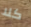
كلا